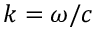
k = \omega / c